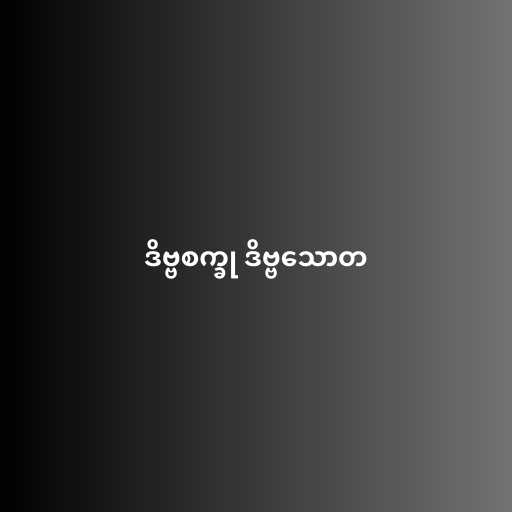
ဒိဗ္ဗစက္ခု ဒိဗ္ဗသောတ